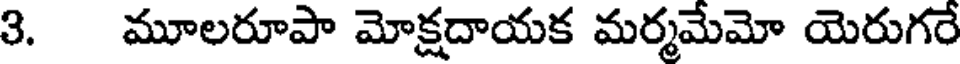
3. మూలరూపా మోక్షదాయక మర్మమేమో యెరుగరే